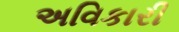
અવિકારી